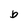
Character: b